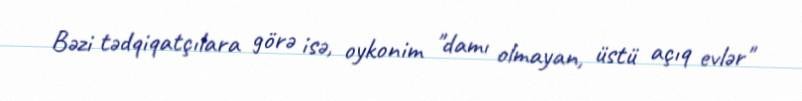
Bəzi tədqiqatçılara görə isə, oykonim "damı olmayan, üstü açıq evlər"